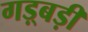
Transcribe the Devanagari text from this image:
गड़्बड़ी